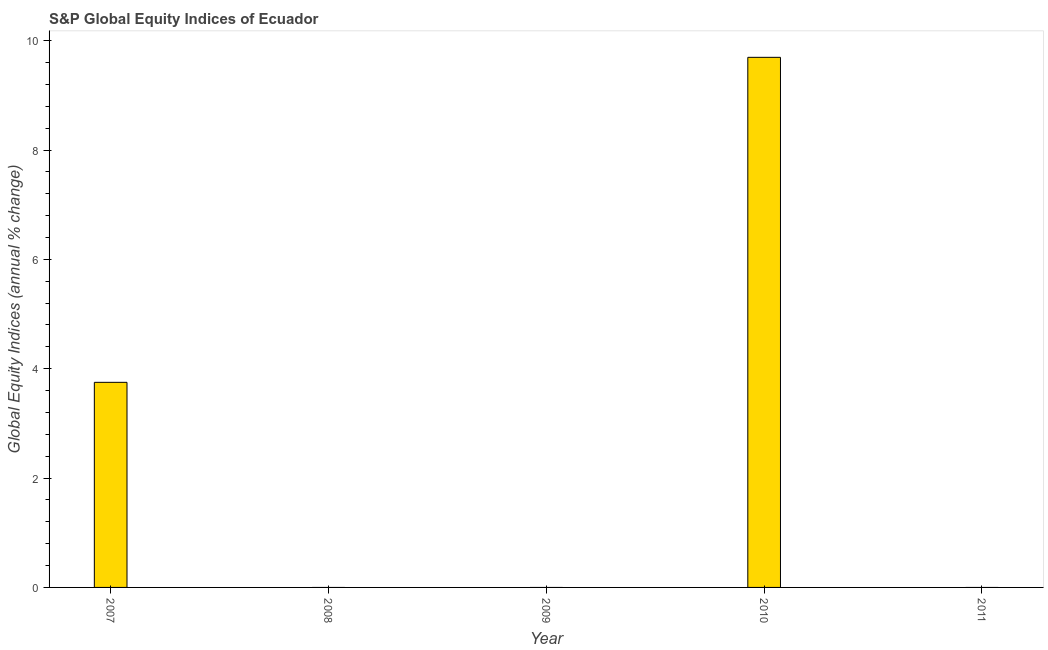
| Year | S&P Global Equity Indices |
 | --- | --- |
 | 2007 | 3.75 |
 | 2008 | -8.8 |
 | 2009 | -13.1 |
 | 2010 | 9.69 |
 | 2011 | -9.55 |